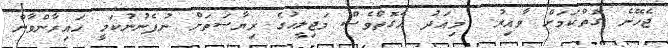
ޖެހޭނެ ގޮތްކަމަށް ވާއިރު  މިއަދު އެގޮތްވެސް މަޖިލީހުގެ ރިޔާސަތަށް ނުފެނުނުކަމީ ހައިރާންވާން